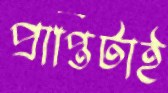
প্রাপ্তিটাই